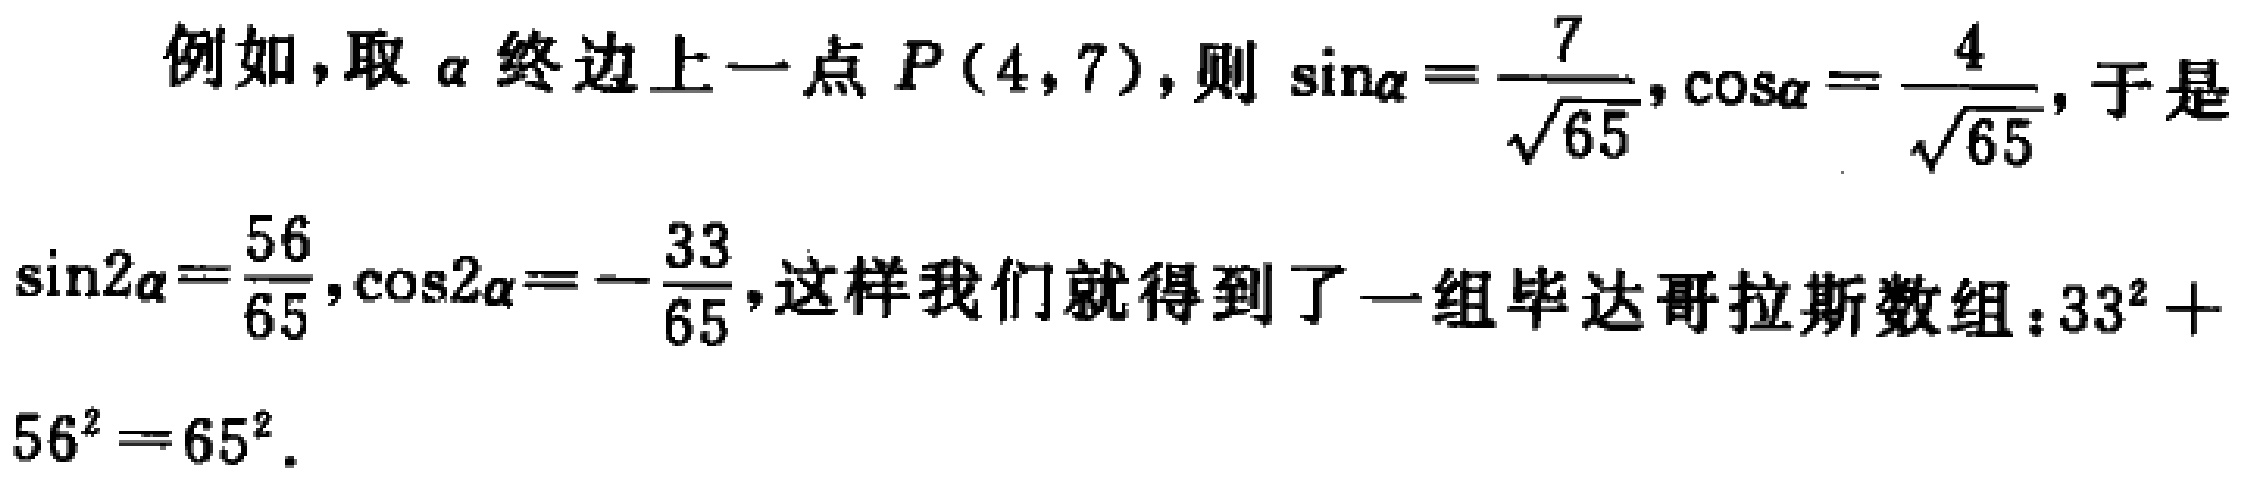
例如，取$\alpha$终边上一点$P(4,7)$，则$\sin\alpha=\frac{7}{\sqrt{65}},\cos\alpha=\frac{4}{\sqrt{65}}$，于是$\sin2\alpha=\frac{56}{65},\cos2\alpha=-\frac{33}{65}$，这样我们就得到了一组毕达哥拉斯数组：$33^{2}+56^{2}=65^{2}$.